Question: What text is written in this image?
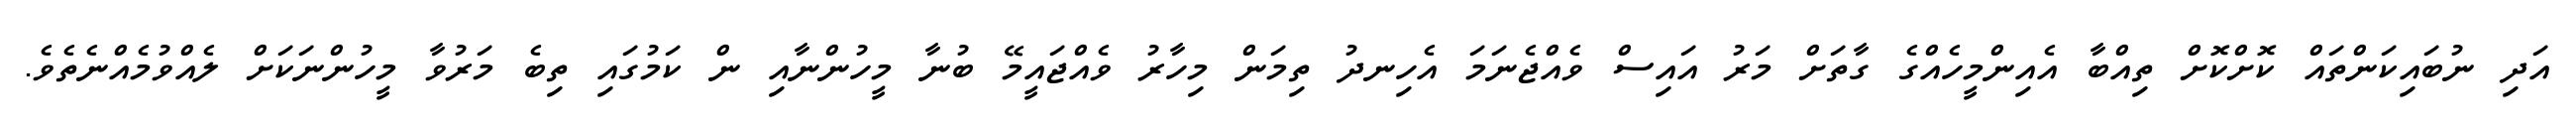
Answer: އަދި ނުބައިކަންތައް ކޮށްކޮށް ތިއްބާ އެއިންމީހެއްގެ ގާތަށް މަރު އައިސް ވެއްޖެނަމަ އެހިނދު ތިމަން މިހާރު ވެއްޖައީމޭ ބުނާ މީހުންނާއި ން ކަމުގައި ތިބެ މަރުވާ މީހުންނަކަށް ލެއްވުމެއްނެތެވެ.